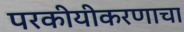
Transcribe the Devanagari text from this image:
परकीयीकरणाचा